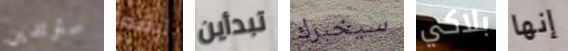
سترتدين أبقه تبدأين سيخبرك بلاكي إنها